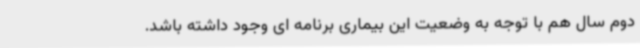
دوم سال هم با توجه به وضعیت این بیماری برنامه ای وجود داشته باشد.